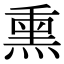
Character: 熏